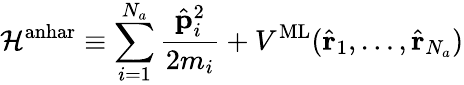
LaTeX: {\cal H}^{\textrm{anhar}}\equiv\sum_{i=1}^{N_{a}}\frac{{\hat{\mathbf p}}_{i}^{2}}{2m_{i}}+V^{\textrm{ML}}({\hat{\mathbf r}}_{1},\ldots,{\hat{\mathbf r}}_{N_{a}})